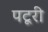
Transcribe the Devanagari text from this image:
पटूरी